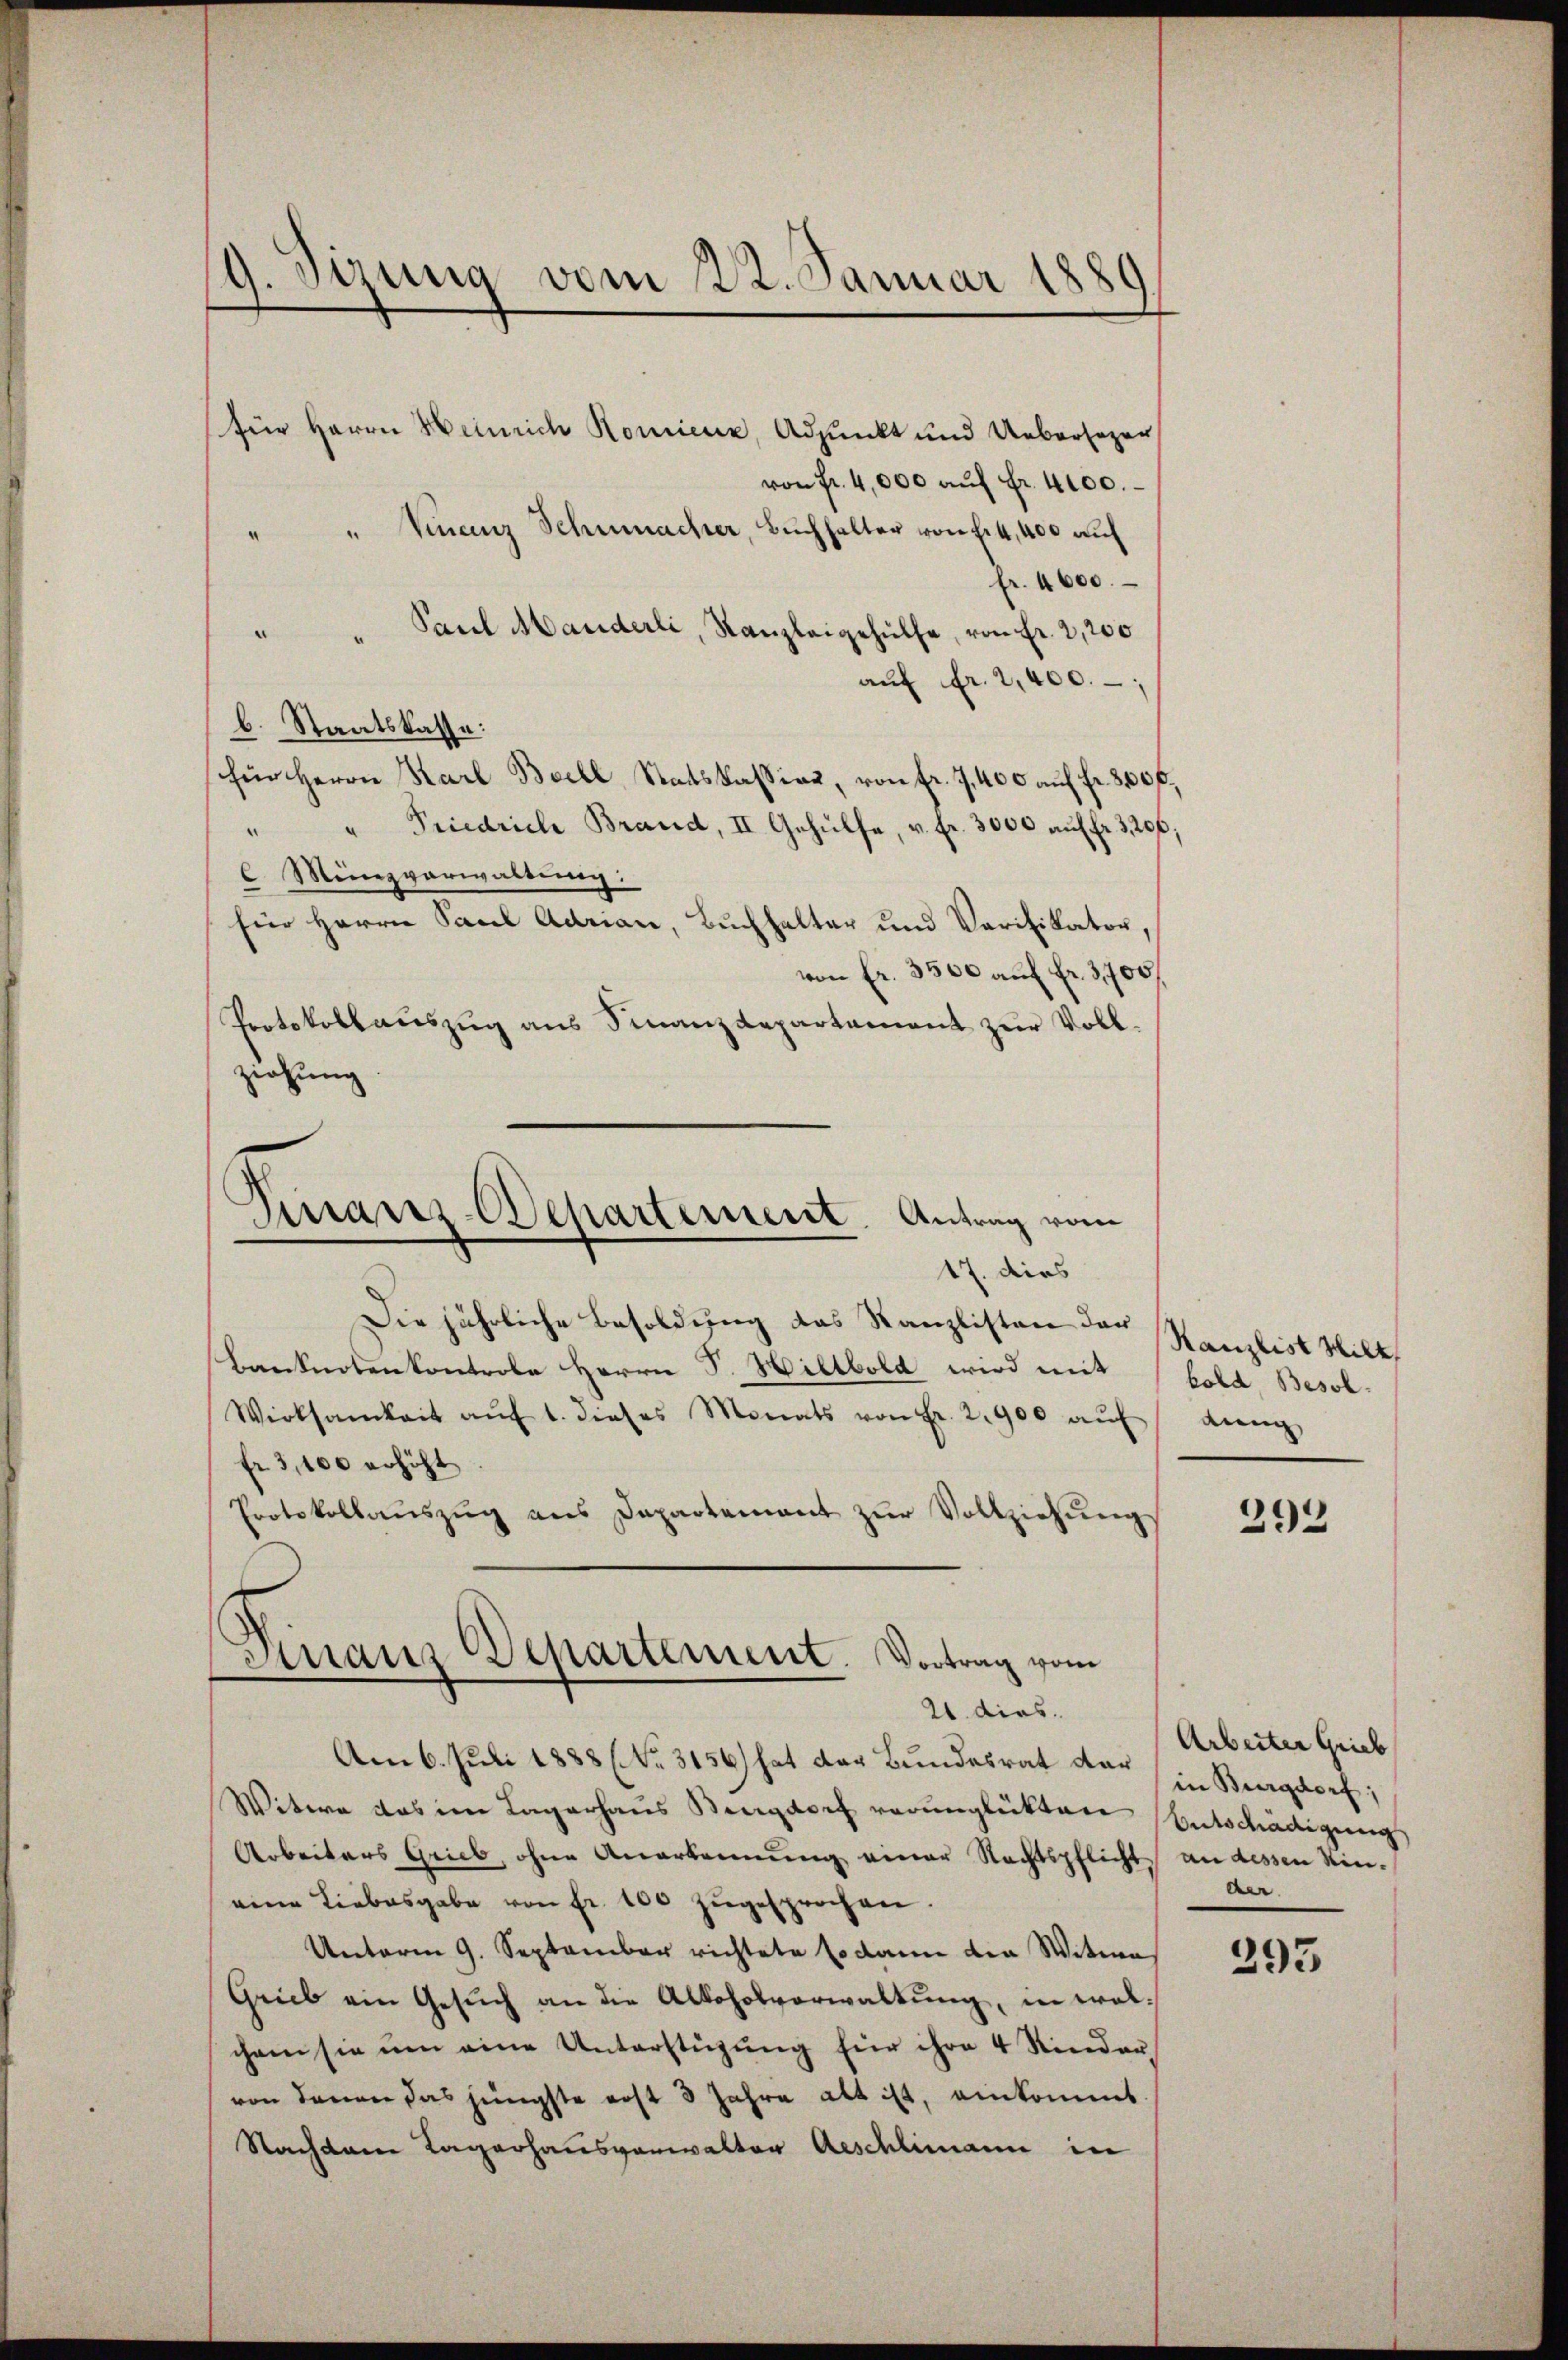
9. Sizina vom 22. Januar 1889

für Herrn Heinrich Romienz, Adjunkt und Uebersezer
von Fr. 4,000 auf Fr. 4100.
" Finanz Schumacher, Buchhalter von Ei4,400 auf
Fr. 4600.
Paul Manderli, Kanzleigehülfe, von Fr. 2,200
a
aŭf fr. 2,400.
l. Staatskasse:
für Herrn Karl Beell, Staatskassias, von fr. 7,400 auf fr. 300 f.
" " Friedrich Brand, II Gehülfe, v. fr. 3000 aŭf fr. 3, 206;
C. Münzverwaltung:
für Herrn Paul Adrian, Buchhalter und Verifikator,
von fr. 3500 auf Fr. 3,705/
Protokollaŭszŭg ans Finanzdepartement zur Voll-
ziehung
Finanz-Departement. Antrag vom
17. dies
Die jährliche Besoldung des Kanzlisten der Kanzlist Wilt
Lanknotenkontrole Herrn F. Hiltbold wird mit (bold Besol¬
Wirksamkeit aŭf 1. dieses Monats von Fr. 2900 aŭf ding
fr 3,100 erhöht
Protokollaŭszŭg ans Departement zŭr Vollziehŭng

“

Finanz Departement. Vortrag vom
21. dies.

Am 6. Juli 1888 No. 3156) hat der Bundesrat der in Burgdorf;
Witwe das in Lagerhaus Burgdorf verunglückten
Arbeiters Grieb, ohne Anerkennung einer Rechtspflicht an dessen Kin-
eine Liebesgabe von Fr. 100 zŭgesprochen.
Unterm 9. September richtete sodann die Witwe
Grieb ein Gesŭch an die Alkoholverwaltung, in wolchem sie ŭm eine Unterstüzung für ihre 4 Kinder
von denen das jüngste erst 3 Jahre alt ist, einkommt.
Nachdem Lagerhausverwalter Aeschlimann in

293

Arbeiter Grieb
Entschädigung
der.

293